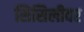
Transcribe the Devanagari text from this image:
सिसिलीवर